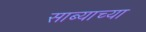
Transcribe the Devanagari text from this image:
साब्याच्या